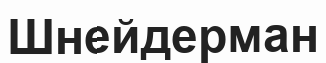
Шнейдерман